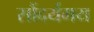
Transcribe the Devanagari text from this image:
सौंदर्यमय